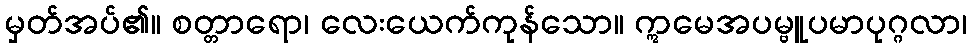
မှတ်အပ်၏။ စတ္တာရော၊ လေးယေက်ကုန်သော။ ဣမေအပမ္ဗူပမာပုဂ္ဂလာ၊